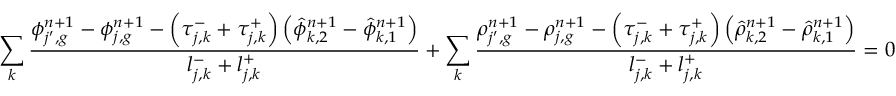
\sum _ { k } \frac { \phi _ { j ^ { \prime } , g } ^ { n + 1 } - \phi _ { j , g } ^ { n + 1 } - \left( \tau _ { j , k } ^ { - } + \tau _ { j , k } ^ { + } \right) \left( \hat { \phi } _ { k , 2 } ^ { n + 1 } - \hat { \phi } _ { k , 1 } ^ { n + 1 } \right) } { l _ { j , k } ^ { - } + l _ { j , k } ^ { + } } + \sum _ { k } \frac { \rho _ { j ^ { \prime } , g } ^ { n + 1 } - \rho _ { j , g } ^ { n + 1 } - \left( \tau _ { j , k } ^ { - } + \tau _ { j , k } ^ { + } \right) \left( \hat { \rho } _ { k , 2 } ^ { n + 1 } - \hat { \rho } _ { k , 1 } ^ { n + 1 } \right) } { l _ { j , k } ^ { - } + l _ { j , k } ^ { + } } = 0